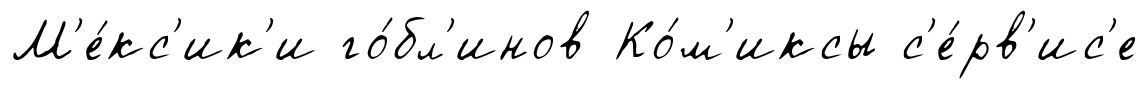
М'е́кс'ик'и го́бл'инов Ко́м'иксы с'е́рв'ис'е